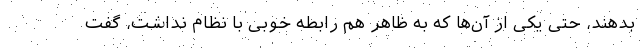
بدهند، حتی یکی از آن‌ها که به ظاهر هم رابطه خوبی با نظام نداشت، گفت